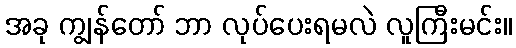
အခု ကျွန်တော် ဘာ လုပ်ပေးရမလဲ လူကြီးမင်း။